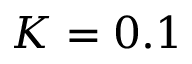
K = 0 . 1